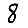
Digit: 8